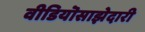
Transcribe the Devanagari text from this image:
वीडियॊसाझेदारी